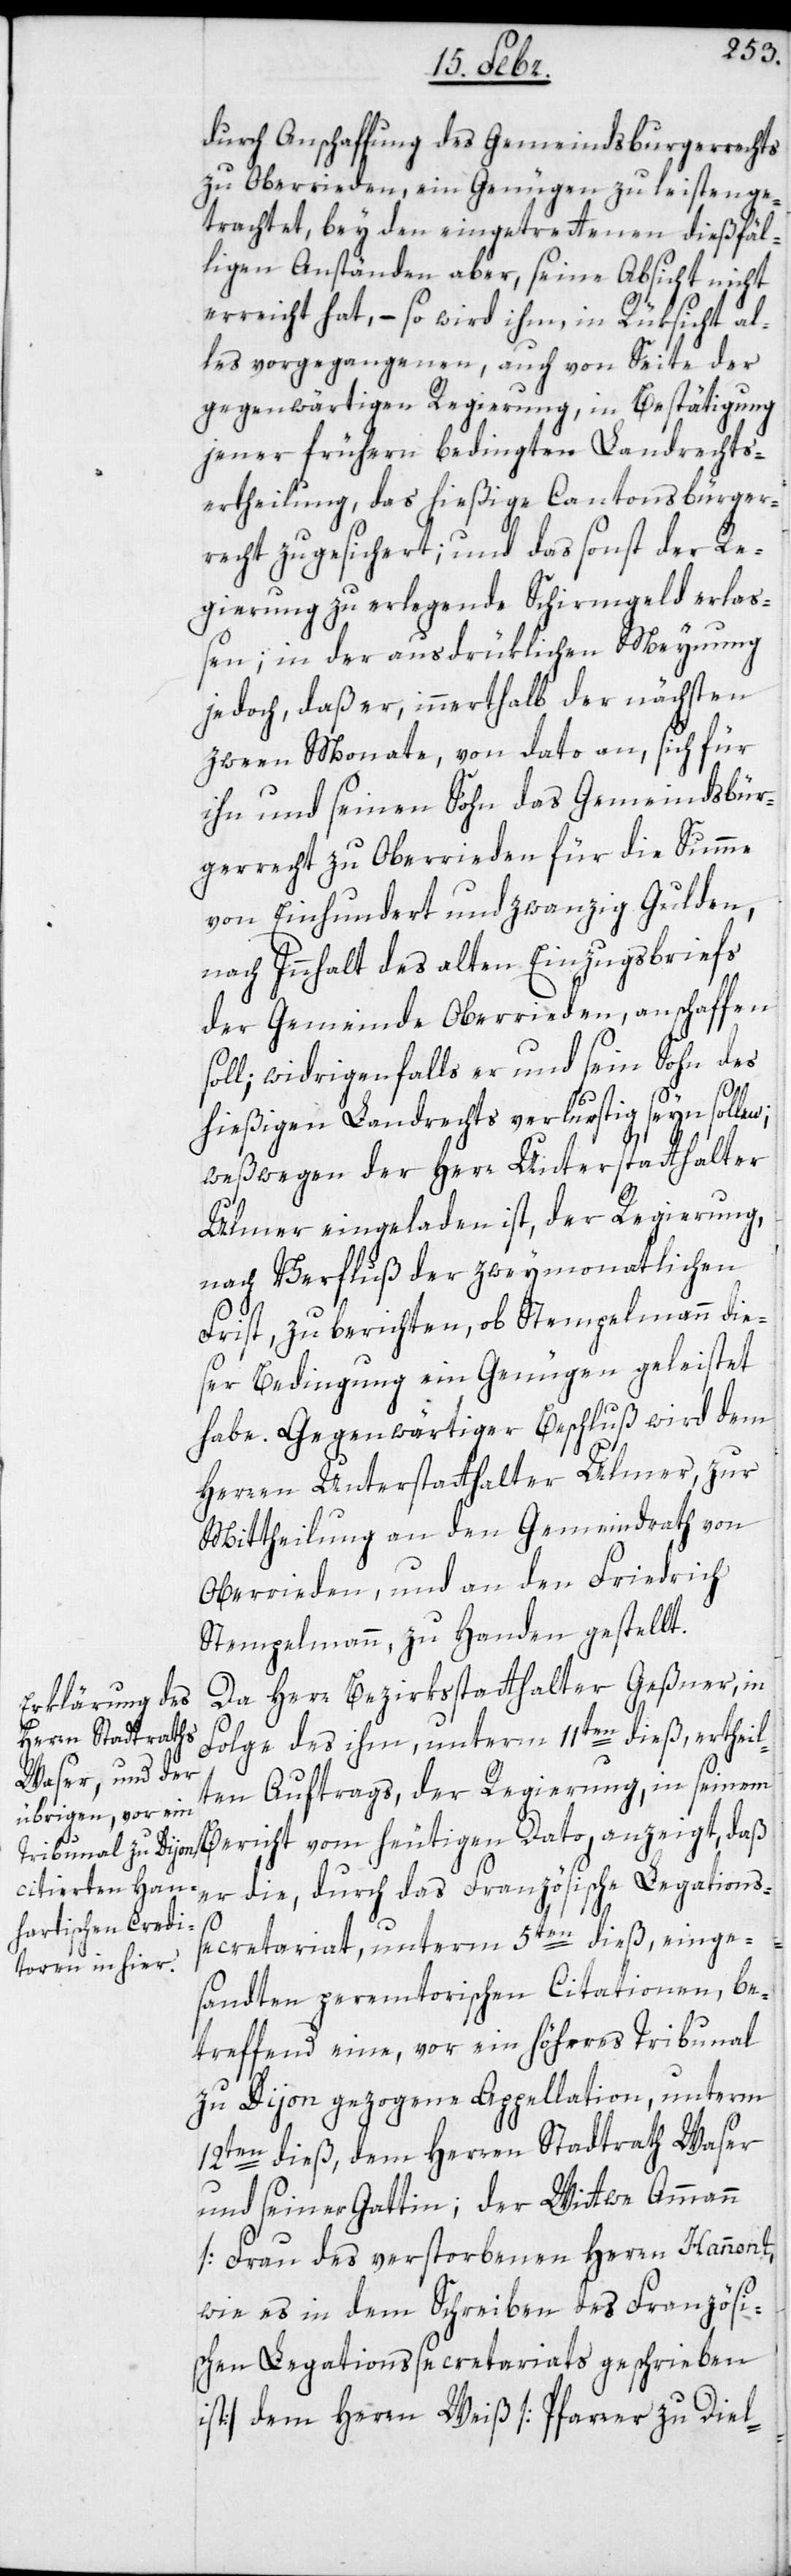
durch Anschaffung des Gemeindsburgerrechts
zu Oberrieden, ein Genügen zu leisten ge¬
trachtet, bey den eingetrettenen dießfäl¬
ligen Anständen aber, seine Absicht nicht
erreicht hat, – so wird ihm, in Rüksicht al¬
les vorgegangenen, auch von Seite der
gegenwärtigen Regierung, in Bestätigung
jener frühern bedingten Landrechts¬
ertheilung, das hießige Cantonsbürger¬
recht zugesichert; und das sonst der Re¬
gierung zu erlegende Schirmgeld erlaß¬
en; in der ausdrüklichen Meynung
jedoch, daß er innerhalb der nächsten
zween Monate, von dato an, sich für
ihn und seinen Sohn das Gemeindsbür¬
gerrecht zu Oberrieden für die Summe
von Einhundert und zwanzig Gulden,
nach Innhalt des alten Einzugsbriefs
der Gemeinde Oberrieden, anschaffen
soll; widrigenfalls er und sein Sohn des
hießigen Landrechts verlustig seyn sollen;
weßwegen der Herr Unterstatthalter
Ulmer eingeladen ist, der Regierung,
nach Verfluß der zweymonatlichen
Frist, zu berichten, ob Stempelmann die¬
ser Bedingung ein Genügen geleistet
habe. Gegenwärtiger Beschluß wird dem
Herren Unterstatthalter Ulmer, zur
Mittheilung an den Gemeindrath von
Oberrieden, und an den Friedrich
Stempelmann zu Handen gestellt.
Da Herr Bezirksstatthalter Geßner, in
Folge des ihm, unterm 11ten dieß, ertheil¬
ten Auftrags, der Regierung, in seinem
er die, durch das Französische Legations¬
secretariat, unterm 5ten dieß, einge¬
sandten peremptorischen Citationen, be¬
treffend eine, vor ein höheres Tribunal
zu Dijon gezogene Appellation, unterm
12ten dieß, dem Herren Stadtrath Waser
und seiner Gattin; der Wittwe Ammann
[Frau des verstorbenen Herren Hannont,
wie es in dem Schreiben des Französi¬
schen Legationssecretariats geschrieben
ist] dem Herren Weiß [Pfarrer zu Diel-